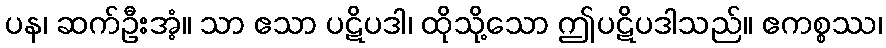
ပန၊ ဆက်ဦးအံ့။ သာ ဧသာ ပဋိပဒါ၊ ထိုသို့သော ဤပဋိပဒါသည်။ ဧကစ္စဿ၊